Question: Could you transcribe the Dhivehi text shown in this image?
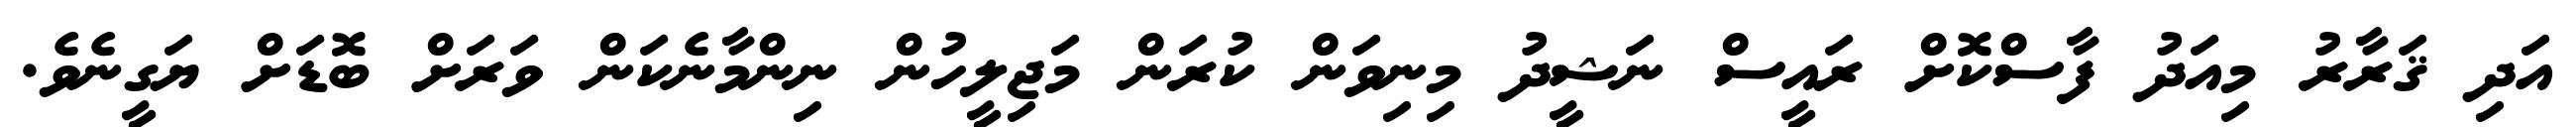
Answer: އަދި ޤަރާރު މިއަދު ފާސްކޮށް ރައީސް ނަޝީދު މިނިވަން ކުރަން މަޖިލީހުން ނިންމާނެކަން ވަރަށް ބޮޑަށް ޔަގީނެވެ.